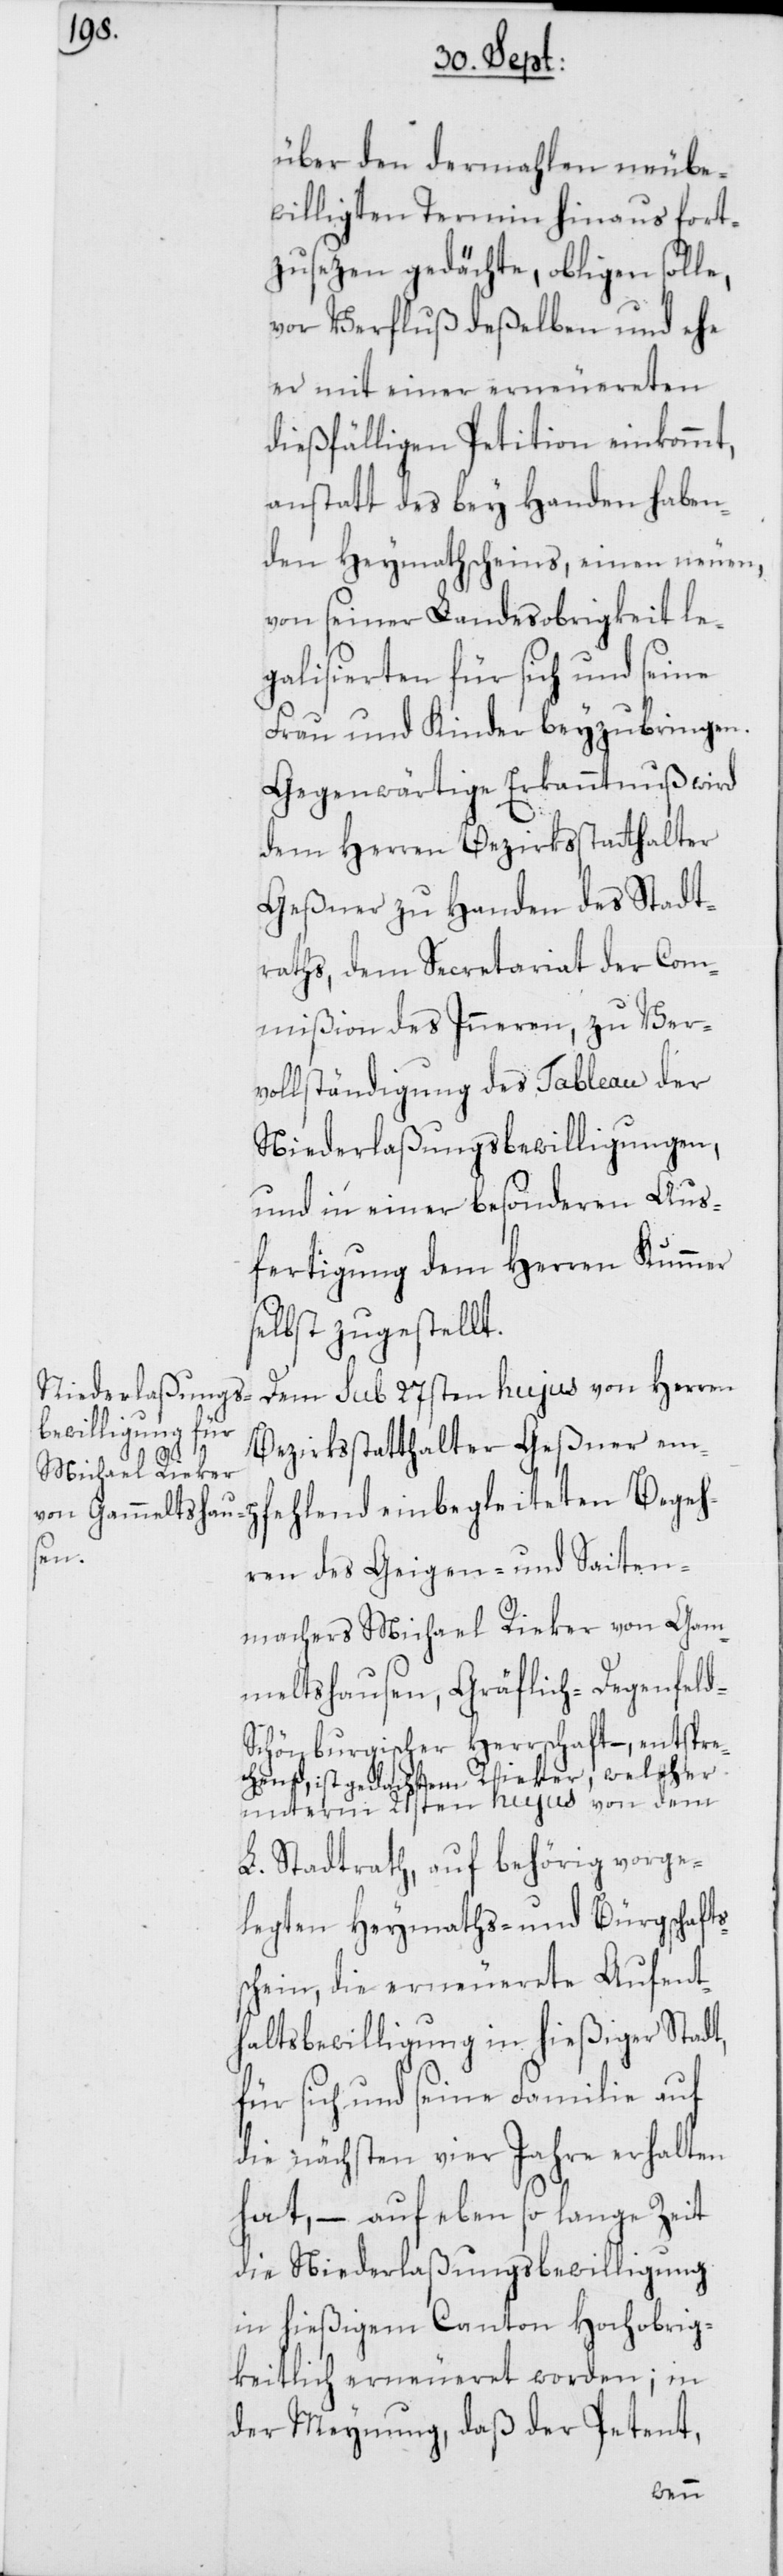
über den dermahlen neube¬
willigten Termin hinaus fort¬
zusezen gedächte, obligen solle,
vor Verfluß deßelben und ehe
er mit einer erneuereten
dießfälligen Petition einkommt,
anstatt des bey Handen haben¬
den Heymathscheins, einen neuen,
von seiner Landesobrigkeit le¬
galisierten für sich und seine
Frau und Kinder beyzubringen.
Gegenwärtige Erkanntnuß wird
dem Herren Bezirksstatthalter
Geßner zu Handen des Stadt¬
raths, dem Secretariat der Com¬
mißion des Inneren, zu Ver¬
vollständigung des Tableau der
Niederlaßungsbewilligungen,
und in einer besonderen Aus¬
fertigung dem Herren Kummer
selbst zugestellt.
Dem sub 27sten hujus von Herren
Bezirksstatthalter Geßner emp¬
fehlend einbegleiteten Begeh¬
ren des Geigen- und Saiten¬
machers Michael Rieker von Gam¬
meltshausen, Gräflich-Degenfel¬
chönburgischer Herrschaft –, entspre¬
chend, ist gedachtem Rieker, welcher
unterm 21sten hujus von dem
L. Stadtrath, auf behörig vorge¬
legten Heymaths- und Bürgschafts¬
schein, die erneuerete Aufent¬
haltsbewilligung in hießiger Stadt,
für sich und seine Familie auf
die nächsten vier Jahre erhalten
hat, – auf eben so lange Zeit
die Niederlaßungsbewilligung
in hießigem Canton Hochobrig¬
keitlich erneueret worden; in
der Meynung, daß der Petent,
d-S¬